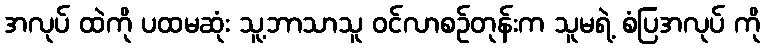
အလုပ် ထဲကို ပထမဆုံး သူ့ဘာသာသူ ဝင်လာစဉ်တုန်းက သူမရဲ့ စံပြအလုပ် ကို